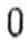
0